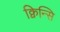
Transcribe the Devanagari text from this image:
क्विन्सि